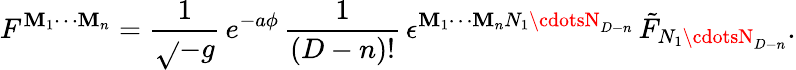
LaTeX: F^{\mathbf{M}_{1}\cdots\mathbf{M}_{n}}={\frac{{1}}{{\sqrt{}{{-g}}}}}\, e^{-a\phi}\, {\frac{{1}}{{(D-n)!}}}\, \epsilon^{\mathbf{M}_{1}\cdots\mathbf{M}_{n}N_{1}\cdotsN_{D-n}}\, \tilde{{F}}_{N_{1}\cdotsN_{D-n}}.